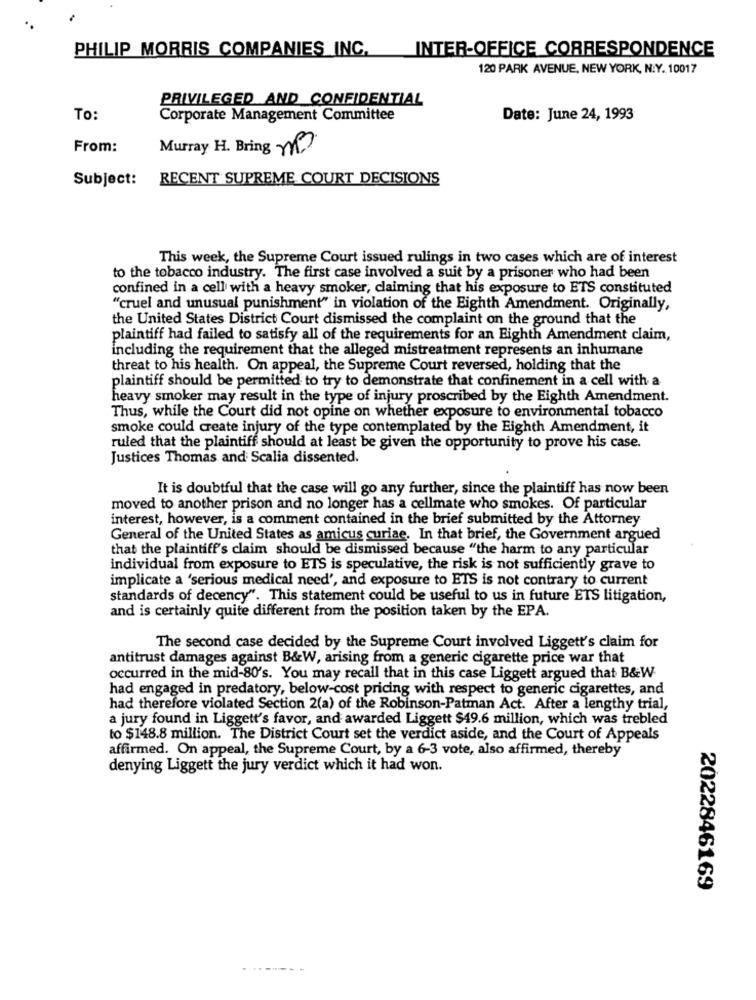
PHILIP MORRIS COMPANIES INC.
INTER-OFFICE CORRESPONDENCE
120 PARK AVENUE, NEW YORK, N.Y. 10017
PRIVILEGED AND CONFIDENTIAL
To:
Corporate Management Committee
Date: June 24, 1993
From:
Murray H. Bring me
Subject:
RECENT SUPREME COURT DECISIONS
This week, the Supreme Court issued rulings in two cases which are of interest
to the tobacco industry. The first case involved a suit by a prisoner who had been
confined in a cell with a heavy smoker, claiming that his exposure to ETS constituted
"cruel and unusual punishment" in violation of the Eighth Amendment. Originally,
the United States District Court dismissed the complaint on the ground that the
plaintiff had failed to satisfy all of the requirements for an Eighth Amendment claim,
including the requirement that the alleged mistreatment represents an inhumane
threat to his health. On appeal, the Supreme Court reversed, holding that the
plaintiff should be permitted to try to demonstrate that confinement in a cell with a
heavy smoker may result in the type of injury proscribed by the Eighth Amendment.
Thus, while the Court did not opine on whether exposure to environmental tobacco
smoke could create injury of the type contemplated by the Eighth Amendment, it
ruled that the plaintiff should at least be given the opportunity to prove his case.
Justices Thomas and Scalia dissented.
It is doubtful that the case will go any further, since the plaintiff has now been
moved to another prison and no longer has a cellmate who smokes. Of particular
interest, however, is a comment contained in the brief submitted by the Attorney
General of the United States as amicus curiae. In that brief, the Government argued
that the plaintiff's claim should be dismissed because "the harm to any particular
individual from exposure to ETS is speculative, the risk is not sufficiently grave to
implicate a 'serious medical need', and exposure to ETS is not contrary to current
standards of decency". This statement could be useful to us in future ETS litigation,
and is certainly quite different from the position taken by the EPA.
The second case decided by the Supreme Court involved Liggett's claim for
antitrust damages against B&W, arising from a generic cigarette price war that
occurred in the mid-80's. You may recall that in this case Liggett argued that B&W
had engaged in predatory, below-cost pricing with respect to generic cigarettes, and
had therefore violated Section 2(a) of the Robinson-Patman Act. After a lengthy trial,
a jury found in Liggett's favor, and awarded Liggett $49.6 million, which was trebled
to $148.8 million. The District Court set the verdict aside, and the Court of Appeals
affirmed. On appeal, the Supreme Court, by a 6-3 vote, also affirmed, thereby
denying Liggett the jury verdict which it had won.
2022846169